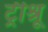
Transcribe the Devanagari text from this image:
ट्रीश्रू